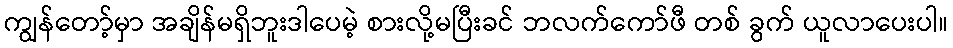
ကျွန်တော့်မှာ အချိန်မရှိဘူးဒါပေမဲ့ စားလို့မပြီးခင် ဘလက်ကော်ဖီ တစ် ခွက် ယူလာပေးပါ။